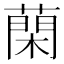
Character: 䔵